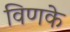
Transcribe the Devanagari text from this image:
विणके